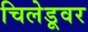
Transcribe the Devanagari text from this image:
चिलेडूवर